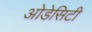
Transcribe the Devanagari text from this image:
ओडेसिटी